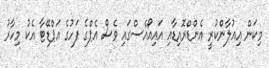
މިކަން އިއުލާންކުރީ އެންޑްރޮއިޑާއި އައިއޯއެސްގައި ވެސް އެޕްގެ ފަހުގެ އަޕްޑޭޓާ އެކު މިހާރު